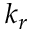
k _ { r }